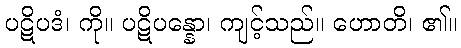
ပဋိပဒံ၊ ကို။ ပဋိပန္နော၊ ကျင့်သည်။ ဟောတိ၊ ၏။